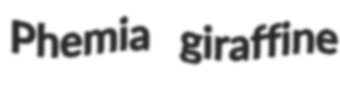
Phemia giraffine